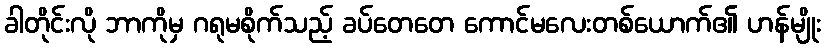
ခါတိုင်းလို ဘာကိုမှ ဂရုမစိုက်သည့် ခပ်တေတေ ကောင်မလေးတစ်ယောက်၏ ဟန်မျိုး